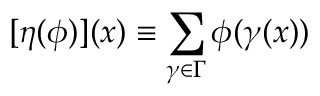
[ \eta ( { \phi } ) ] ( x ) \equiv \sum _ { \gamma \in \Gamma } \phi ( \gamma ( x ) )